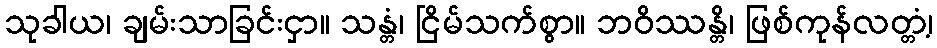
သုခါယ၊ ချမ်းသာခြင်းငှာ။ သန္တံ၊ ငြိမ်သက်စွာ။ ဘဝိဿန္တိ၊ ဖြစ်ကုန်လတ္တံ့၊